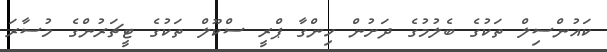
ކައުންސިލް ތަކުގެ ބެލުމުގެ ދަށުން ހިންގާ ޕްރީ ސްކޫލް ތަކުގެ ޓީޗަރުންގެ މުސާރަ